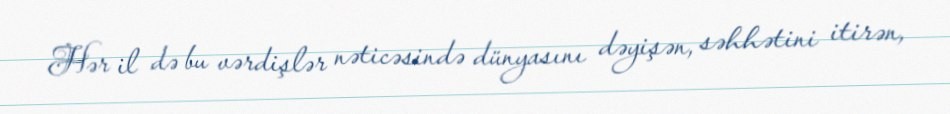
Hər il də bu vərdişlər nəticəsində dünyasını dəyişən, səhhətini itirən,